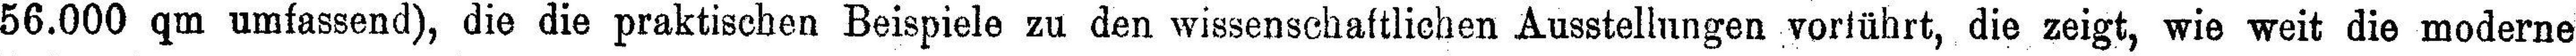
56.000 qm umfassend), die die praktischen Beispiele zu den wissenschaftlichen Ausstellungen vorführt, die zeigt, wie weit die moderne